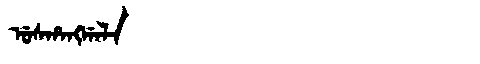
Manchu: ᡠᠰᡥᠠᠩᡤᠠᠯᠠ
Romanization: USHANGGALA